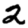
Digit: 2